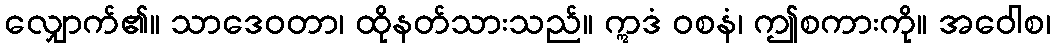
လျှောက်၏။ သာဒေဝတာ၊ ထိုနတ်သားသည်။ ဣဒံ ဝစနံ၊ ဤစကားကို။ အဝေါစ၊